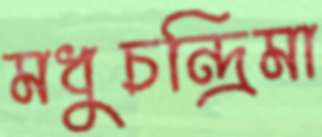
মধুচন্দ্রিমা